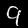
Digit: 9